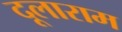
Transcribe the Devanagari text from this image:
दूलाराम